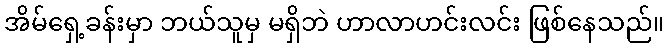
အိမ်ရှေ့ခန်းမှာ ဘယ်သူမှ မရှိဘဲ ဟာလာဟင်းလင်း ဖြစ်နေသည်။